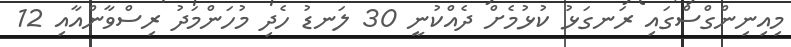
މިއިނިންގްސްގައި ރަނގަޅު ކުޅުމެށް ދެއްކުނީ 30 ލަނޑު ހެދި މުހަންމަދު ރިސްވާންއާއި 12